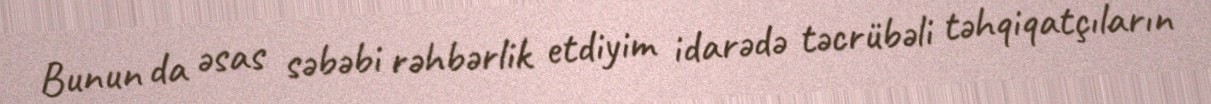
Bunun da əsas səbəbi rəhbərlik etdiyim idarədə təcrübəli təhqiqatçıların